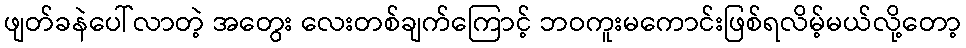
ဖျတ်ခနဲပေါ်လာတဲ့ အတွေး လေးတစ်ချက်ကြောင့် ဘဝကူးမကောင်းဖြစ်ရလိမ့်မယ်လို့တော့